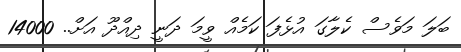
ބަލަ މަވެސް ކެލާގަ އުޅެފަ ކަމެއް ވީމަ ދަނީ ދިއްދޫ އަށް.. 14000